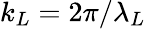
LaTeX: k_{L}=2\pi/\lambda_{L}